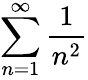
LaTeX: \sum_{n=1}^{\infty}{\frac{1}{n^{2}}}